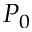
P _ { 0 }